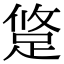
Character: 跾